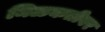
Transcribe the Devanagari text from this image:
मिळकतीवर